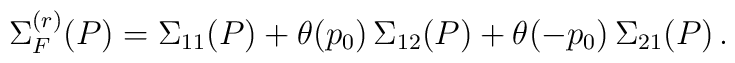
\Sigma_F^{(r)} (P) = \Sigma_{1 1} (P) + \theta (p_0) \, \Sigma_{1 2} (P) + \theta (- p_0) \, \Sigma_{2 1} (P) \, .